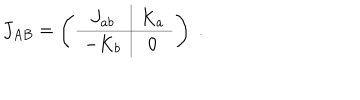
J _ { A B } = \left( \begin{array} { c | c } { { J _ { a b } } } & { { K _ { a } } } \\ \hline { { - K _ { b } } } & { { 0 } } \\ \end{array} \right) \; .